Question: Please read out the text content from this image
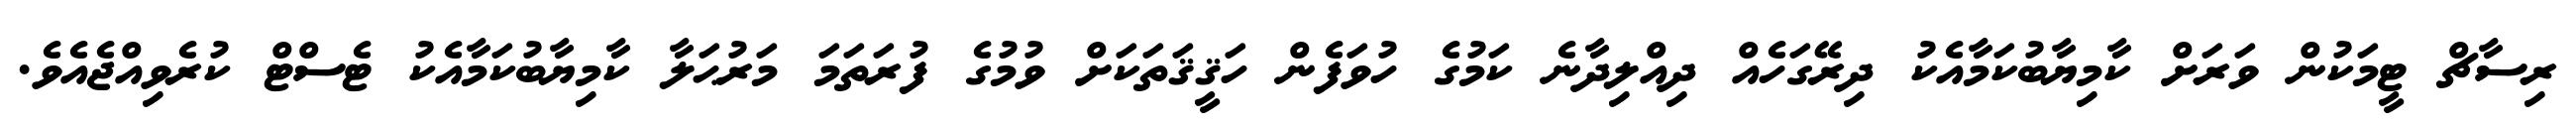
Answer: ރިސާޗް ޓީމަކުން ވަރަށް ކާމިޔާބުކަމާއެކު ދިރޭގަހެއް ދިއްލިދާނެ ކަމުގެ ހުވަފެން ހަޤީޤަތަކަށް ވުމުގެ ފުރަތަމަ މަރުޙަލާ ކާމިޔާބުކަމާއެކު ޓެސްޓް ކުރެވިއްޖެއެވެ.